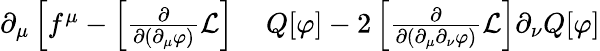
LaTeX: \begin{array}{rl}{\partial_{\mu}\left[f^{\mu}-\left[{\frac{\partial}{\partial(\partial_{\mu}\varphi)}}{\mathcal{L}}\right]\right.}&{{}\left.Q[\varphi]-2\left[{\frac{\partial}{\partial(\partial_{\mu}\partial_{\nu}\varphi)}}{\mathcal{L}}\right]\partial_{\nu}Q[\varphi]\right.}\end{array}